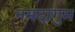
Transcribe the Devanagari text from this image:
नमदागुम